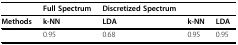
|  | Full Spectrum | Discretized Spectrum |  |  |
 | --- | --- | --- | --- | --- |
 | Methods | k-NN | LDA | k-NN | LDA |
 |  | 0.95 | 0.68 | 0.95 | 0.95 |